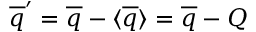
\overline { { q } } ^ { \prime } = \overline { { q } } - \langle \overline { { q } } \rangle = \overline { { q } } - Q